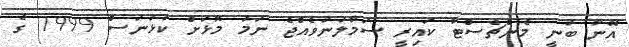
އޭނާ ބުނީ މެންޗެސްޓާ ކައިރީ ސަމާލުނުވެއްޖެ ނަމަ މޮޅަށް ކުޅުނަސް 1999 ގެ